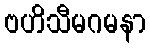
ဗဟိသီမဂမနာ